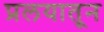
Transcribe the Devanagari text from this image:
प्रलयातून